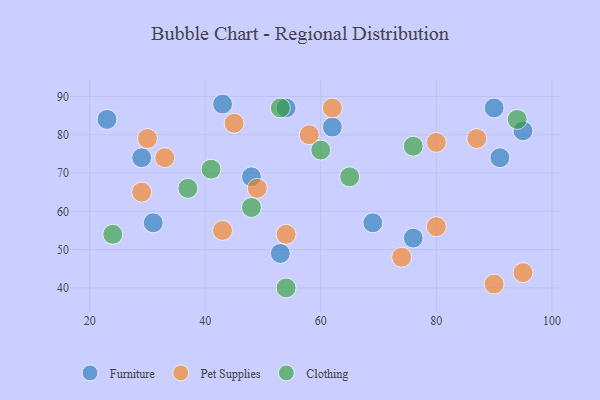
{"axis": {"x": "GDP", "y": "Life Expectancy"}, "legend": ["Clothing", "Furniture", "Pet Supplies"], "data": [{"x": "43", "y": 88, "type": "Furniture"}, {"x": "95", "y": 81, "type": "Furniture"}, {"x": "53", "y": 49, "type": "Furniture"}, {"x": "23", "y": 84, "type": "Furniture"}, {"x": "31", "y": 57, "type": "Furniture"}, {"x": "90", "y": 87, "type": "Furniture"}, {"x": "69", "y": 57, "type": "Furniture"}, {"x": "29", "y": 74, "type": "Furniture"}, {"x": "76", "y": 53, "type": "Furniture"}, {"x": "54", "y": 87, "type": "Furniture"}, {"x": "62", "y": 82, "type": "Furniture"}, {"x": "91", "y": 74, "type": "Furniture"}, {"x": "48", "y": 69, "type": "Furniture"}, {"x": "49", "y": 66, "type": "Pet Supplies"}, {"x": "29", "y": 65, "type": "Pet Supplies"}, {"x": "95", "y": 44, "type": "Pet Supplies"}, {"x": "90", "y": 41, "type": "Pet Supplies"}, {"x": "30", "y": 79, "type": "Pet Supplies"}, {"x": "43", "y": 55, "type": "Pet Supplies"}, {"x": "58", "y": 80, "type": "Pet Supplies"}, {"x": "62", "y": 87, "type": "Pet Supplies"}, {"x": "80", "y": 78, "type": "Pet Supplies"}, {"x": "74", "y": 48, "type": "Pet Supplies"}, {"x": "45", "y": 83, "type": "Pet Supplies"}, {"x": "33", "y": 74, "type": "Pet Supplies"}, {"x": "80", "y": 56, "type": "Pet Supplies"}, {"x": "54", "y": 54, "type": "Pet Supplies"}, {"x": "87", "y": 79, "type": "Pet Supplies"}, {"x": "41", "y": 71, "type": "Clothing"}, {"x": "94", "y": 84, "type": "Clothing"}, {"x": "60", "y": 76, "type": "Clothing"}, {"x": "54", "y": 40, "type": "Clothing"}, {"x": "65", "y": 69, "type": "Clothing"}, {"x": "24", "y": 54, "type": "Clothing"}, {"x": "76", "y": 77, "type": "Clothing"}, {"x": "48", "y": 61, "type": "Clothing"}, {"x": "53", "y": 87, "type": "Clothing"}, {"x": "37", "y": 66, "type": "Clothing"}]}